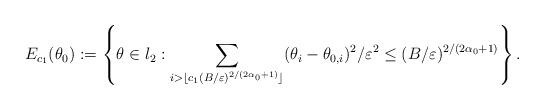
LaTeX: \begin{align*}E_{c_{1}}(\theta_{0}):=\left\{\theta\in l_{2}:\mathop{\sum}_{i>\lfloor c_{1}(B/\varepsilon)^{2/(2\alpha_{0}+1)} \rfloor}(\theta_{i}-\theta_{0,i})^{2}/\varepsilon^{2}\leq (B/\varepsilon)^{2/(2\alpha_{0}+1)}\right\}.\end{align*}